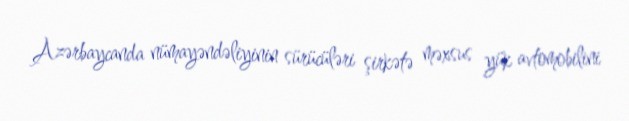
Azərbaycanda nümayəndəliyinin sürücüləri şirkətə məxsus yük avtomobilini